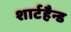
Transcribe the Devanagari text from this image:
शार्टहैन्ड